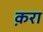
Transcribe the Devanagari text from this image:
क़रा